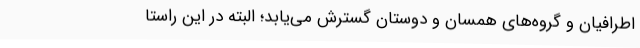
اطرافیان و گروه‌های همسان و دوستان گسترش می‌یابد؛ البته در این راستا